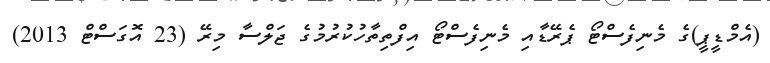
(އެމްޑީޕީ)ގެ މެނިފެސްޓޯ ޕެރޭޑާއި މެނިފެސްޓޯ އިފްތިތާހުކުރުމުުގެ ޖަލްސާ މިރޭ (23 އޮގަސްޓް 2013)